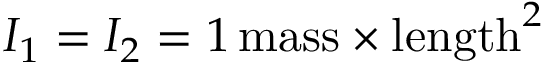
I _ { 1 } = I _ { 2 } = 1 \, \mathrm { m a s s } \times \mathrm { l e n g t h } ^ { 2 }